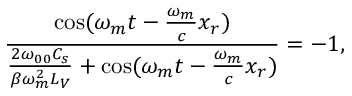
\frac { \cos ( \omega _ { m } t - \frac { \omega _ { m } } { c } x _ { r } ) } { \frac { 2 \omega _ { 0 0 } C _ { s } } { \beta \omega _ { m } ^ { 2 } L _ { V } } + \cos ( \omega _ { m } t - \frac { \omega _ { m } } { c } x _ { r } ) } = - 1 ,